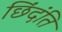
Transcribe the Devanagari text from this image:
छिंदंति